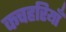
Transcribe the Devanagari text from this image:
कचहरियाँ